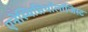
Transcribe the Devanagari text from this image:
एनेस्थिसियॉलॉजिस्ट